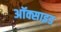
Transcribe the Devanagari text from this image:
अॉक्साइड